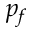
p _ { f }